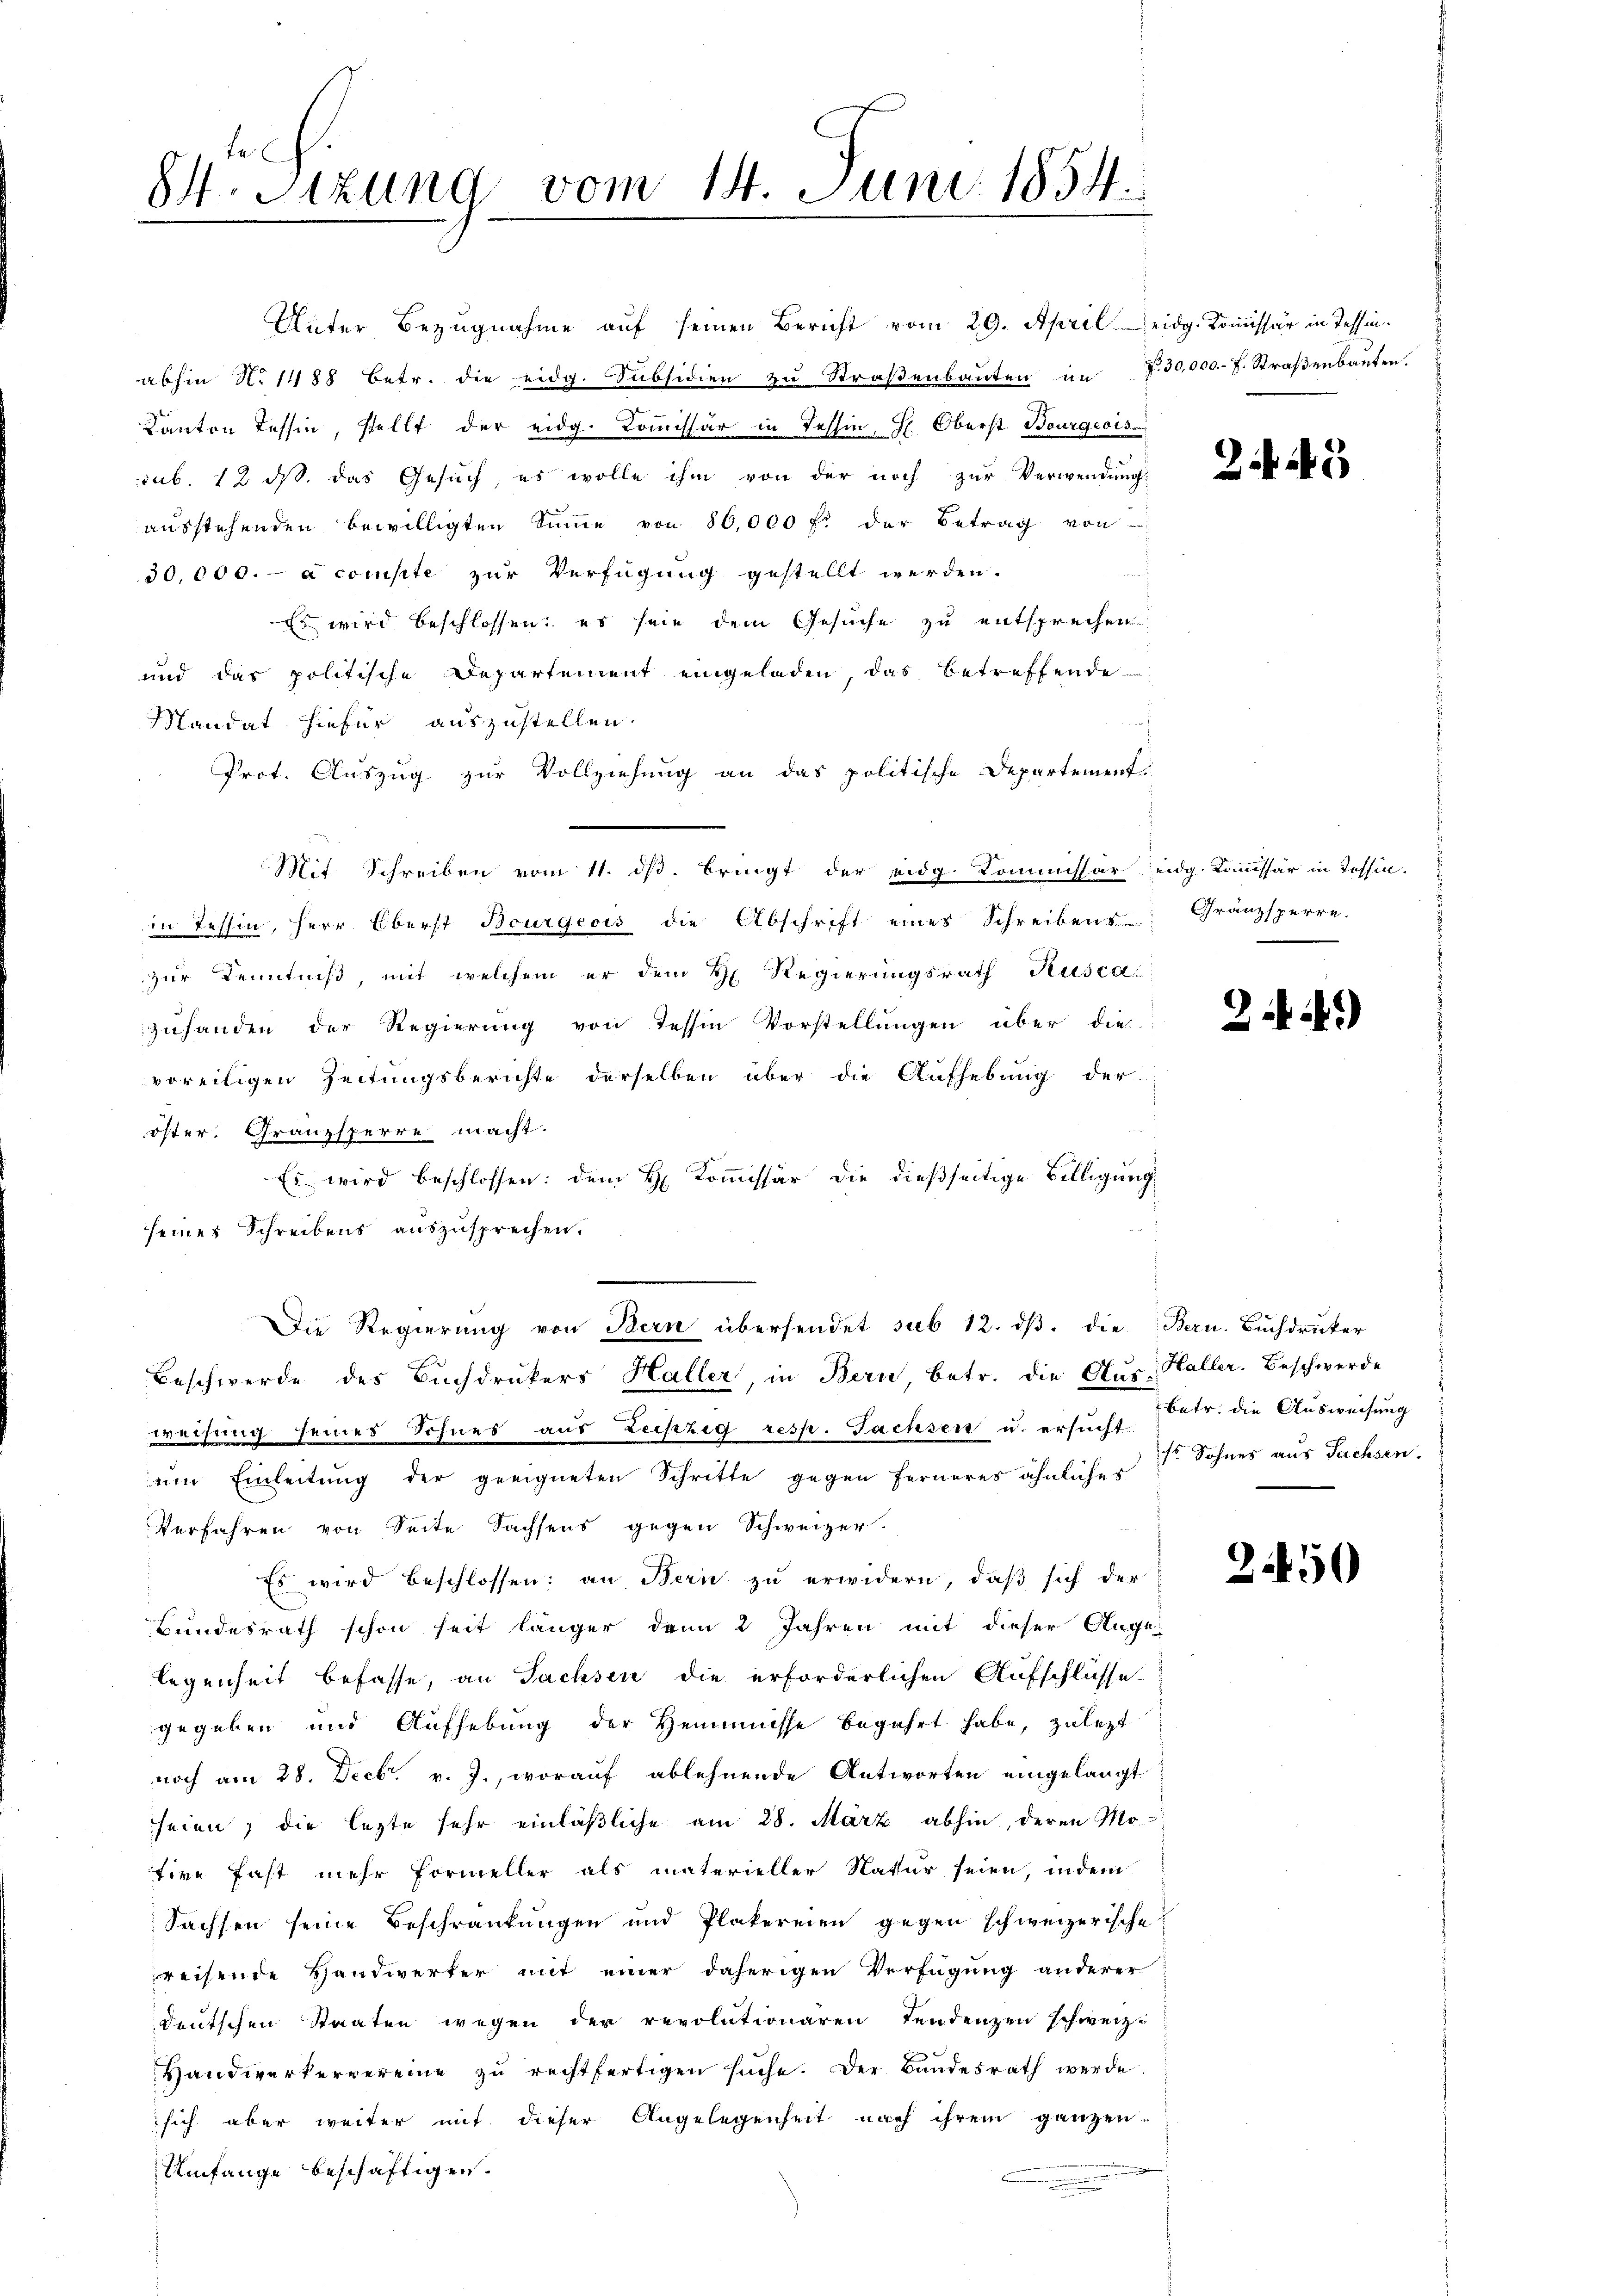
St. Sitzung vom 14. Juni 1854.

Unter Bezugnahme auf seinen Bericht vom 29. April eidg. Kommissär in Tessinabhin N. 1488 betr. die eidg. Subsidien zu Straβenbauten in Z. 30,000.- 7. Straßenbauten.
Kanton Tessin, stellt der eidg. Kommissär in Tessin, H. Oberst Bourgeois
sub. 12 ds. das Gesuch, es wolle ihm von der noch zur Verwendung
ausstehenden bewilligten Summe von 86,000 f. der Betrag von
30,000.- a compte zur Verfügung gestellt werden.
Es wird beschlossen: es sein dem Gesuche zu entsprechen
und das politische Departement eingeladen, das betreffende
Mandat hiefür auszustellen.
Prot. Auszug zur Vollziehung an das politische Departement-
Mit Schreiben vom 11. ds. bringt der eidg. Kommissär eidg. Kommissär in Tessin.
in Tessin, Herr Oberst Bourgeois die Abschrift eines Schreibens- Gränzsperre.
zur Kenntniß, mit welchem er dem Regierungsrath Ruscazuhanden der Regierung von Tessin Vorstellungen über die
voreiligen Zeitungsberichte derselben über die Aufhebung der
öster. Gränzsperre macht.
Es wird beschlossen: dem H. Kommissär die dießseitige Billigung
seines Schreibens auszusprechen.
.
Die Regierung von Bern übersendet sub 12. dβ. die Bern. Buchdrucker
Beschwerde des Buchdrukers Haller, in Bern, betr. die Aus- Haller. Beschwerde
weisung seines Sohnes aus Leipzig resp. Fachsen u. ersucht
eine Einleitung der geeigneten Schritte gegen ferneres ähnliches
Verfahren von Seite Sachsens gegen Schweizer.
Es wird beschlossen: an Bern zŭ erwidern, daβ sich der
Bundesrath schon seit länger dann 2 Jahren mit dieser Auge
legenheit befasse, an Fachsen die erforderlichen Aufschlüsse.
gegeben und Aufhebung der Hemmnisse begehrt habe, zulezt
noch am 28. Decbr. v. J., worauf ablehnende Antworten eingelangt
seien, die lezte sehr einläßliche am 28. März abhin, deren Mo-
sire fast mehr Formeller als materieller Natur seien, indem
Sachsen seine Beschränkungen und Plakereien gegen schweizerische
reisende Handwerker mit einer daherigen Verfügung anderer
deutschen Staaten wegen der revolutionaren Tendenzen schweiz.
Handwerkervereine zŭ rechtfertigen suche. Der Bundesrath werde.
sich aber weiter mit dieser Angelegenheit nach ihrem ganzen-
Umfange beschäftigen.

n

25

2.)

betr. die Ausweisung
Es Sohnes aus Sachsen.

2450